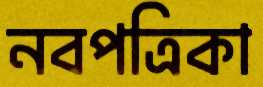
নবপত্রিকা